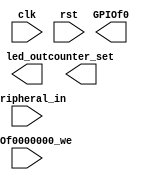
`timescale 1ns / 1ps

// nexys3MIPSSoC is a MIPS implementation originated from COAD projects
// Copyright (C) 2014  @Wenri, @dtopn, @Speed
//
// This program is free software: you can redistribute it and/or modify
// it under the terms of the GNU General Public License as published by
// the Free Software Foundation, either version 3 of the License, or
// (at your option) any later version.
//
// This program is distributed in the hope that it will be useful,
// but WITHOUT ANY WARRANTY; without even the implied warranty of
// MERCHANTABILITY or FITNESS FOR A PARTICULAR PURPOSE.  See the
// GNU General Public License for more details.
//
// You should have received a copy of the GNU General Public License
// along with this program.  If not, see <http://www.gnu.org/licenses/>.

module led_Dev_IO(input clk,
						input rst,
						input GPIOf0000000_we,
						input [31:0] Peripheral_in,
						output [1:0] counter_set,
						output [7:0] led_out,
						output [21:0] GPIOf0
						);

endmodule